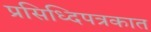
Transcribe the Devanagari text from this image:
प्रसिध्दिपत्रकात